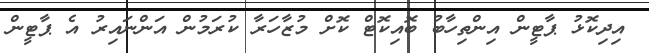
އިދިކޮޅު ޕާޓީން އިންތިހާބު ބޮއިކޮޓް ކޮށް މުޒާހަރާ ކުރަމުން އަންނައިރު އެ ޕާޓީން